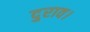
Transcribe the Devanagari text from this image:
दुराव।